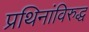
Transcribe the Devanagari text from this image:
प्रथिनांविरुद्ध